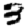
Digit: 3